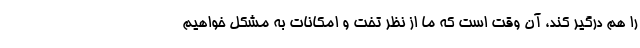
را هم درگیر کند، آن وقت است که ما از نظر تخت و امکانات به مشکل خواهیم